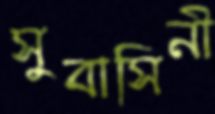
সুবাসিনী